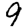
Digit: 9